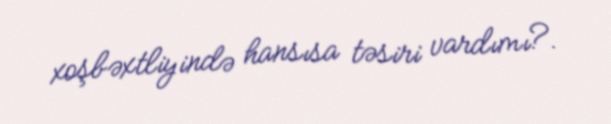
xoşbəxtliyində hansısa təsiri vardımı?.